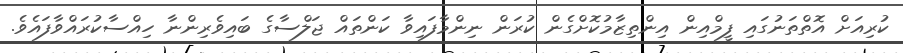
ކުރިއަށް އޮތްތަނުގައި ފީމްއިން އިންތިޒާމުކޮށްގެން ކުރަން ނިންމާފައިވާ ކަންތައް ޖަލްސާގެ ބައިވެރިންނާ ހިއްސާކުރައްވާފައެވެ.